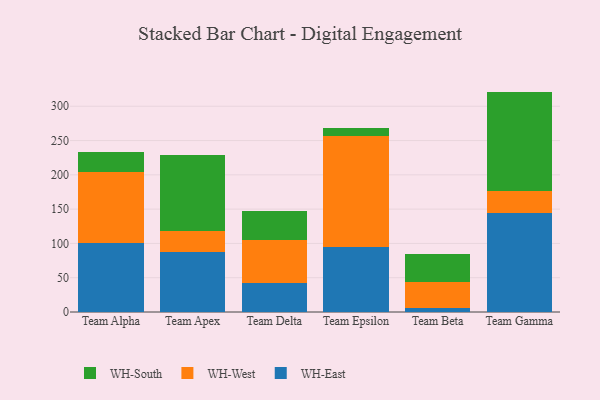
{"axis": {"x": "Team", "y": "Inventory Turnover"}, "legend": ["WH-East", "WH-South", "WH-West"], "data": [{"x": "Team Alpha", "y": 101.2, "type": "WH-East"}, {"x": "Team Alpha", "y": 103.2, "type": "WH-West"}, {"x": "Team Alpha", "y": 28.2, "type": "WH-South"}, {"x": "Team Apex", "y": 87.3, "type": "WH-East"}, {"x": "Team Apex", "y": 30.3, "type": "WH-West"}, {"x": "Team Apex", "y": 110.7, "type": "WH-South"}, {"x": "Team Delta", "y": 42.6, "type": "WH-East"}, {"x": "Team Delta", "y": 61.7, "type": "WH-West"}, {"x": "Team Delta", "y": 43.2, "type": "WH-South"}, {"x": "Team Epsilon", "y": 94.6, "type": "WH-East"}, {"x": "Team Epsilon", "y": 161.9, "type": "WH-West"}, {"x": "Team Epsilon", "y": 11.5, "type": "WH-South"}, {"x": "Team Beta", "y": 6.0, "type": "WH-East"}, {"x": "Team Beta", "y": 37.9, "type": "WH-West"}, {"x": "Team Beta", "y": 41.3, "type": "WH-South"}, {"x": "Team Gamma", "y": 145.0, "type": "WH-East"}, {"x": "Team Gamma", "y": 31.1, "type": "WH-West"}, {"x": "Team Gamma", "y": 145.3, "type": "WH-South"}]}